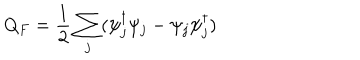
LaTeX: Q _ { F } = \frac { 1 } { 2 } \sum _ { j } ( \psi _ { j } ^ { \dagger } \psi _ { j } - \psi _ { j } \psi _ { j } ^ { \dagger } )